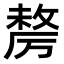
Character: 𭆓